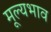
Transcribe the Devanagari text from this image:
मूल्यभाव